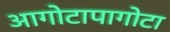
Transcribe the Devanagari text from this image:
आगोटापागोटा